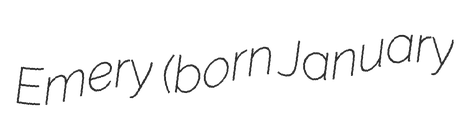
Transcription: Emery  (born January